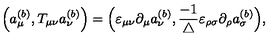
\Big ( a _ { \mu } ^ { ( b ) } , T _ { \mu \nu } a _ { \nu } ^ { ( b ) } \Big ) = \Big ( \varepsilon _ { \mu \nu } \partial _ { \mu } a _ { \nu } ^ { ( b ) } , \frac { - 1 } { \triangle } \varepsilon _ { \rho \sigma } \partial _ { \rho } a _ { \sigma } ^ { ( b ) } \Big ) ,